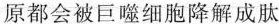
原都会被巨噬细胞降解成肽